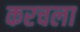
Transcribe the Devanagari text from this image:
करचला